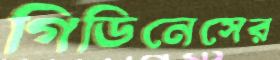
গিডিনেসের